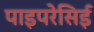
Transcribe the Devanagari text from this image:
पाइपरेसिई